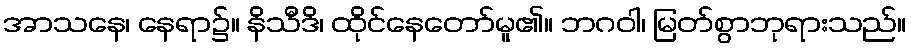
အာသနေ၊ နေရာ၌။ နိသီဒိ၊ ထိုင်နေတော်မူ၏။ ဘဂဝါ၊ မြတ်စွာဘုရားသည်။